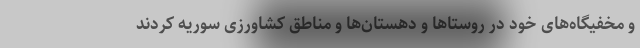
و مخفیگاه‌های خود در روستاها و دهستان‌ها و مناطق کشاورزی سوریه کردند